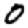
Digit: 0